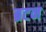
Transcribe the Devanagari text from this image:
ब्रटन